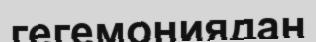
гегемониядан